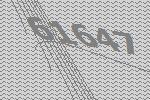
61647